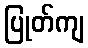
ပြုတ်ကျ